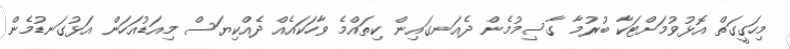
މިހަގީގަތް އޮޅުވުމަށްޓަކާ ބުރުމާ ގާސިމުމެން ދެއަނގައިން ކިތައްމެ ވާހަކައެއް ދެއްކިޔަސް މިއަޑުއަހަން އަޅުގަނޑުމެން